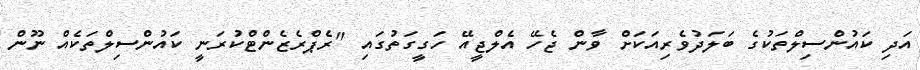
އަދި ކައުންސިލްތަކުގެ ބަލަދުވެރިއަކަށް ވާން ޖެހޭ އެލްޖީއޭ ހަގީގަތުގައި "ރެޕްރެޒެންޓްކުރަނީ ކައުންސިލްތަކެއް ނޫން